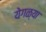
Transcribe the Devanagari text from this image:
येगळ्या